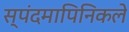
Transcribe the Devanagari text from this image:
स्पंदमापिनिकले